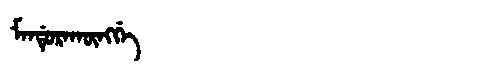
Manchu: ᠮᠠᠨᡩᡠᡵᠠᡴᡡᠩᡤᡝ
Romanization: MANDURAKŪNGGE